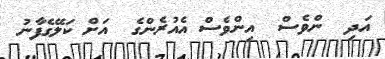
އަދި  ންވެސް  އިންވެސް އެއުރެންގެ  އަށް ކަލޭގެފާނު